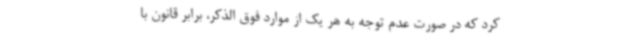
کرد که در صورت عدم توجه به هر یک از موارد فوق الذکر، برابر قانون با